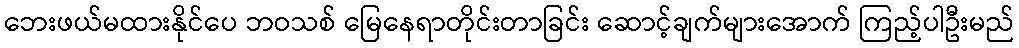
ဘေးဖယ်မထားနိုင်ပေ ဘဝသစ် မြေနေရာတိုင်းတာခြင်း ဆောင့်ချက်များအောက် ကြည့်ပါဦးမည်